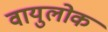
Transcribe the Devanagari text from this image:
वायुलोक